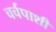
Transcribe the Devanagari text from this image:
चर्चपाशी